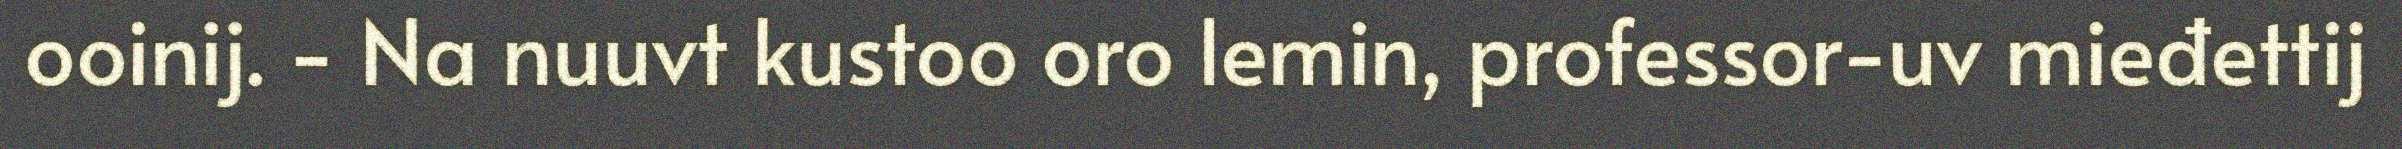
ooinij. - Na nuuvt kustoo oro lemin, professor-uv mieđettij